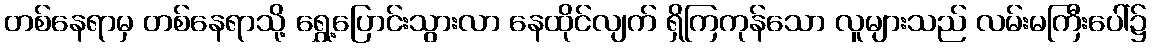
တစ်နေရာမှ တစ်နေရာသို့ ရွှေ့ပြောင်းသွားလာ နေထိုင်လျက် ရှိကြကုန်သော လူများသည် လမ်းမကြီးပေါ်၌